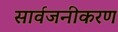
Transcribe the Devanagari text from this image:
सार्वजनीकरण